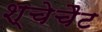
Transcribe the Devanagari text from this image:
श्चेचैट